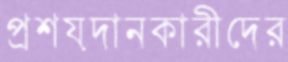
প্রশয়দানকারীদের